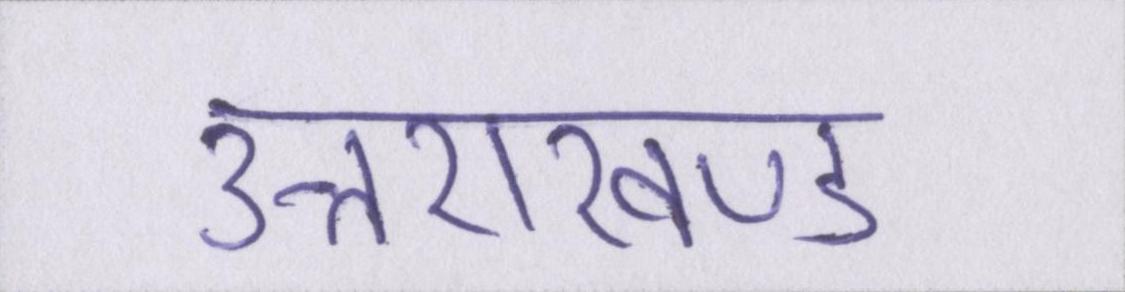
उत्तराखण्ड